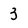
Character: 3